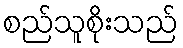
စည်သူစိုးသည်